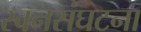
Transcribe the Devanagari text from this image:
स्वनसंघटना